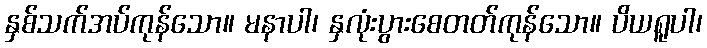
နှစ်သက်အပ်ကုန်သော။ မနာပါ၊ နှလုံးပွားစေတတ်ကုန်သော။ ပိယရူပါ၊